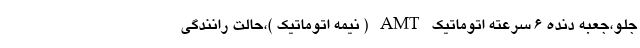
جلو،جعبه دنده ۶ سرعته اتوماتیک AMT ( نیمه اتوماتیک )،حالت رانندگی